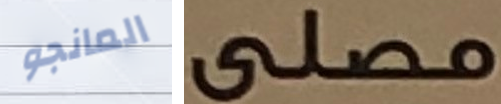
المانجو مصلى